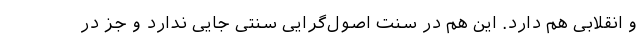
و انقلابی هم دارد. این هم در سنت اصول‌گرایی سنتی جایی ندارد و جز در